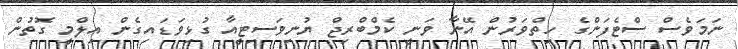
ނަމަވެސް ސްޓެފަންގެ ހިތްވަރުން އޭނާ ވަނީ ކެމްބްރިޖް ޔުނިވަސިޓީއާ ގުޅިވަޑައިގެން އިލްމީ ގޮތުން